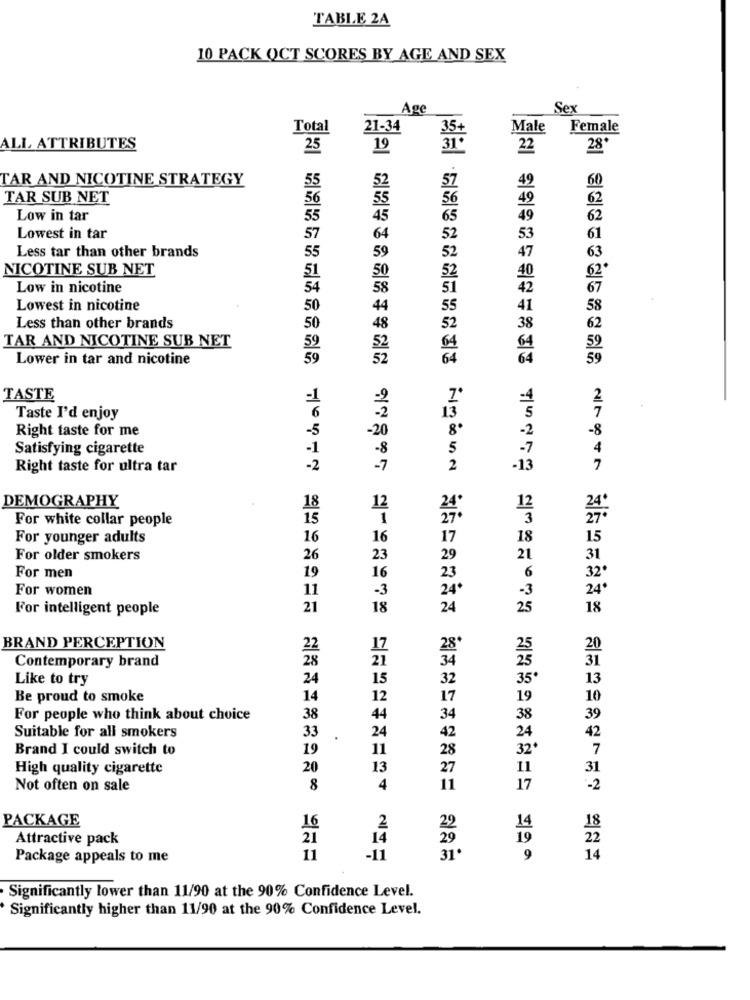
TABLE 2A
10 PACK OCT SCORES BY AGE AND SEX
Age
Sex
Total
21-34
Male Female
ALL ATTRIBUTES
25
19
28*
TAR AND NICOTINE STRATEGY
55
60
TAR SUB NET
Low in tar
Lowest in tar
Less tar than other brands
NICOTINE SUB NET
Low in nicotine
Lowest in nicotine
Less than other brands
TAR AND NICOTINE SUB NET
Lower in tar and nicotine
TASTE
Taste I'd enjoy
Right taste for me
-20
8º
Satisfying cigarette
Right taste for ultra tar
DEMOGRAPHY
For white collar people
15
For younger adults
16
For older smokers
26
For men
For women
11
For intelligent people
21
18
BRAND PERCEPTION
22
Contemporary brand
28
21
Like to try
24
15
Be proud to smoke
14
12
For people who think about choice
38
44
33
Suitable for all smokers
24
Brand I could switch to
19
11
28
High quality cigarette
20
13
27
Not often on sale
병원 鱼鱼33 3 333050359 16612 415 16 26191121 2431 38 3 10 208
8
4
11
PACKAGE
16
2
22
Attractive pack
21
14
29
Package appeals to me
11
-11
의의 並L46 99 98848223 2210 87 12116 33 16318 12115124 241134 NIKE
班班 出版的5333333센터 23 8 52 4자기의집에서 요리3134331 2219 31
31'
丝 환원할344443월터 프5교구1 438811 6325 455 3519 34 3117 44199
14
Significantly lower than 11/90 at the 90% Confidence Level.
Significantly higher than 11/90 at the 90% Confidence Level.